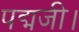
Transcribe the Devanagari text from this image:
पद्मजी।